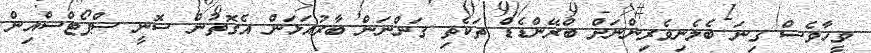
ވީހާވެސް ގިނަ ބެލެނިވެރިންނަށް ބްރޭންޑެޑް ތަކެތި ގަންނަން ބާރުއަޅަން އެގޮތުން ސޮނީ ސްޕޯޓްސްއިން